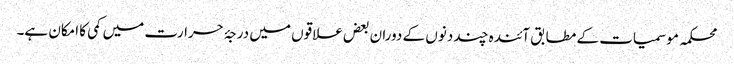
محکمہ موسمیات کے مطابق آئندہ چند دنوں کے دوران بعض علاقوں میں درجۂ حرارت میں کمی کا امکان ہے۔